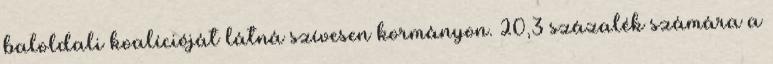
baloldali koalícióját látná szívesen kormányon. 20,3 százalék számára a